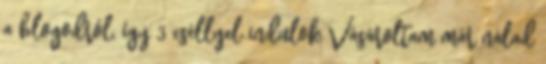
a blogodról, így 3 eséllyel indulok Vásároltam már nálad